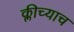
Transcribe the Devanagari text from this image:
क्लीच्याच